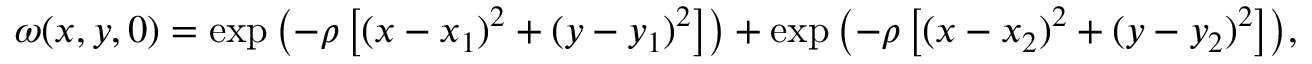
\omega ( x , y , 0 ) = \exp \left( - \rho \left[ ( x - x _ { 1 } ) ^ { 2 } + ( y - y _ { 1 } ) ^ { 2 } \right] \right) + \exp { \left( - \rho \left[ ( x - x _ { 2 } ) ^ { 2 } + ( y - y _ { 2 } ) ^ { 2 } \right] \right) } ,